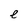
Character: e